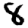
Digit: 8